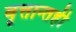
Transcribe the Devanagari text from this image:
वृत्तान्तही